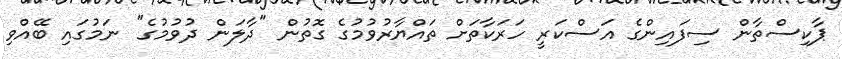
ޕާކިސްތާން ސިފައިންގެ އަސްކަރީ ހަރަކާތަށް ތައްޔާރުވުމުގެ ގޮތުން "ދާލަން ދުވުމުގެ" ނަމުގައި ބޭއްވި